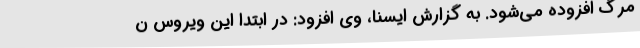
مرگ افزوده می‌شود. به گزارش ایسنا، وی افزود: در ابتدا این ویروس ن